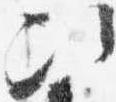
次